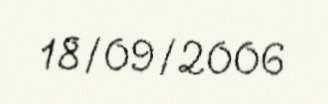
18/09/2006